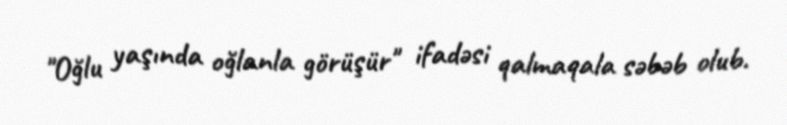
"Oğlu yaşında oğlanla görüşür" ifadəsi qalmaqala səbəb olub.